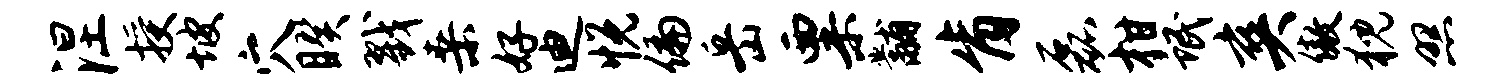
涅授坡穴睽戮桑好迪悦偏岳粟黼肯磊柑氓爽傲猊照